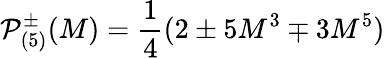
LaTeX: \mathcal{P}_{(5)}^{\pm}(M)=\frac{1}{4}(2\pm 5M^{3}\mp 3M^{5})